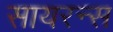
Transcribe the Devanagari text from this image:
सायरन्स